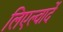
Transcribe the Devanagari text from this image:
लिएल्वार्दे